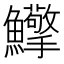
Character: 𩽡